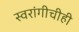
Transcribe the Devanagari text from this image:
स्वरांगीचीही